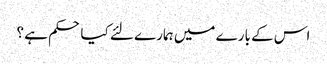
اس کے بارے میں ہمارے لئے کیا حکم ہے ؟